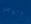
الباعة